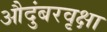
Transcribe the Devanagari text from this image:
औदुंबरवृक्षा